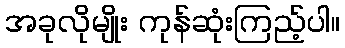
အခုလိုမျိုး ကုန်ဆုံးကြည့်ပါ။